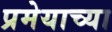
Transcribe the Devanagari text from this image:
प्रमेयाच्या